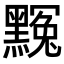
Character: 𪑲